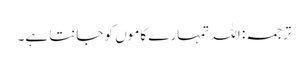
ترجمہ: اللہ تمہارے کاموں کو جانتا ہے۔